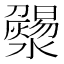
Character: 𤃄